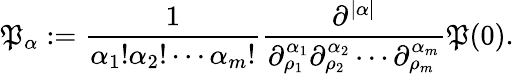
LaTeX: \mathfrak{P}_{\alpha}:=\frac{{1}}{{\alpha_{1}!\alpha_{2}!\cdots\alpha_{m}!}}\frac{{\partial^{|\alpha|}}}{{\partial_{\rho_{1}}^{\alpha_{1}}\partial_{\rho_{2}}^{\alpha_{2}}\cdots\partial_{\rho_{m}}^{\alpha_{m}}}}\mathfrak{P}(0).